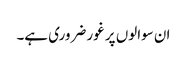
ان سوالوں پر غور ضروری ہے۔